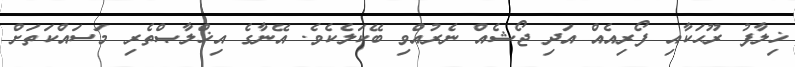
ޚިލާފު ރޫޙަކާއި ފޯރިއެއް އަދި ޖޯޝެއް ނެރުއްވި ބޭކަލެކެވެ. އޭނާގެ އިޚްލާޞްތެރި މަސައްކަތަށް